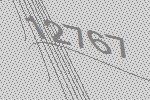
12767